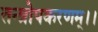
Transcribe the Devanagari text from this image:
तन्त्रोपकरणम्।।